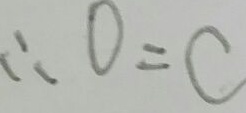
\therefore 0 = c